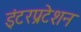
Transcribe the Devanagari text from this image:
इंटरप्रटेशन